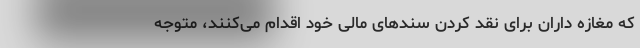
که مغازه داران برای نقد کردن سند‌های مالی خود اقدام می‌کنند، متوجه